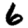
Digit: 6